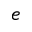
e